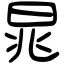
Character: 晁